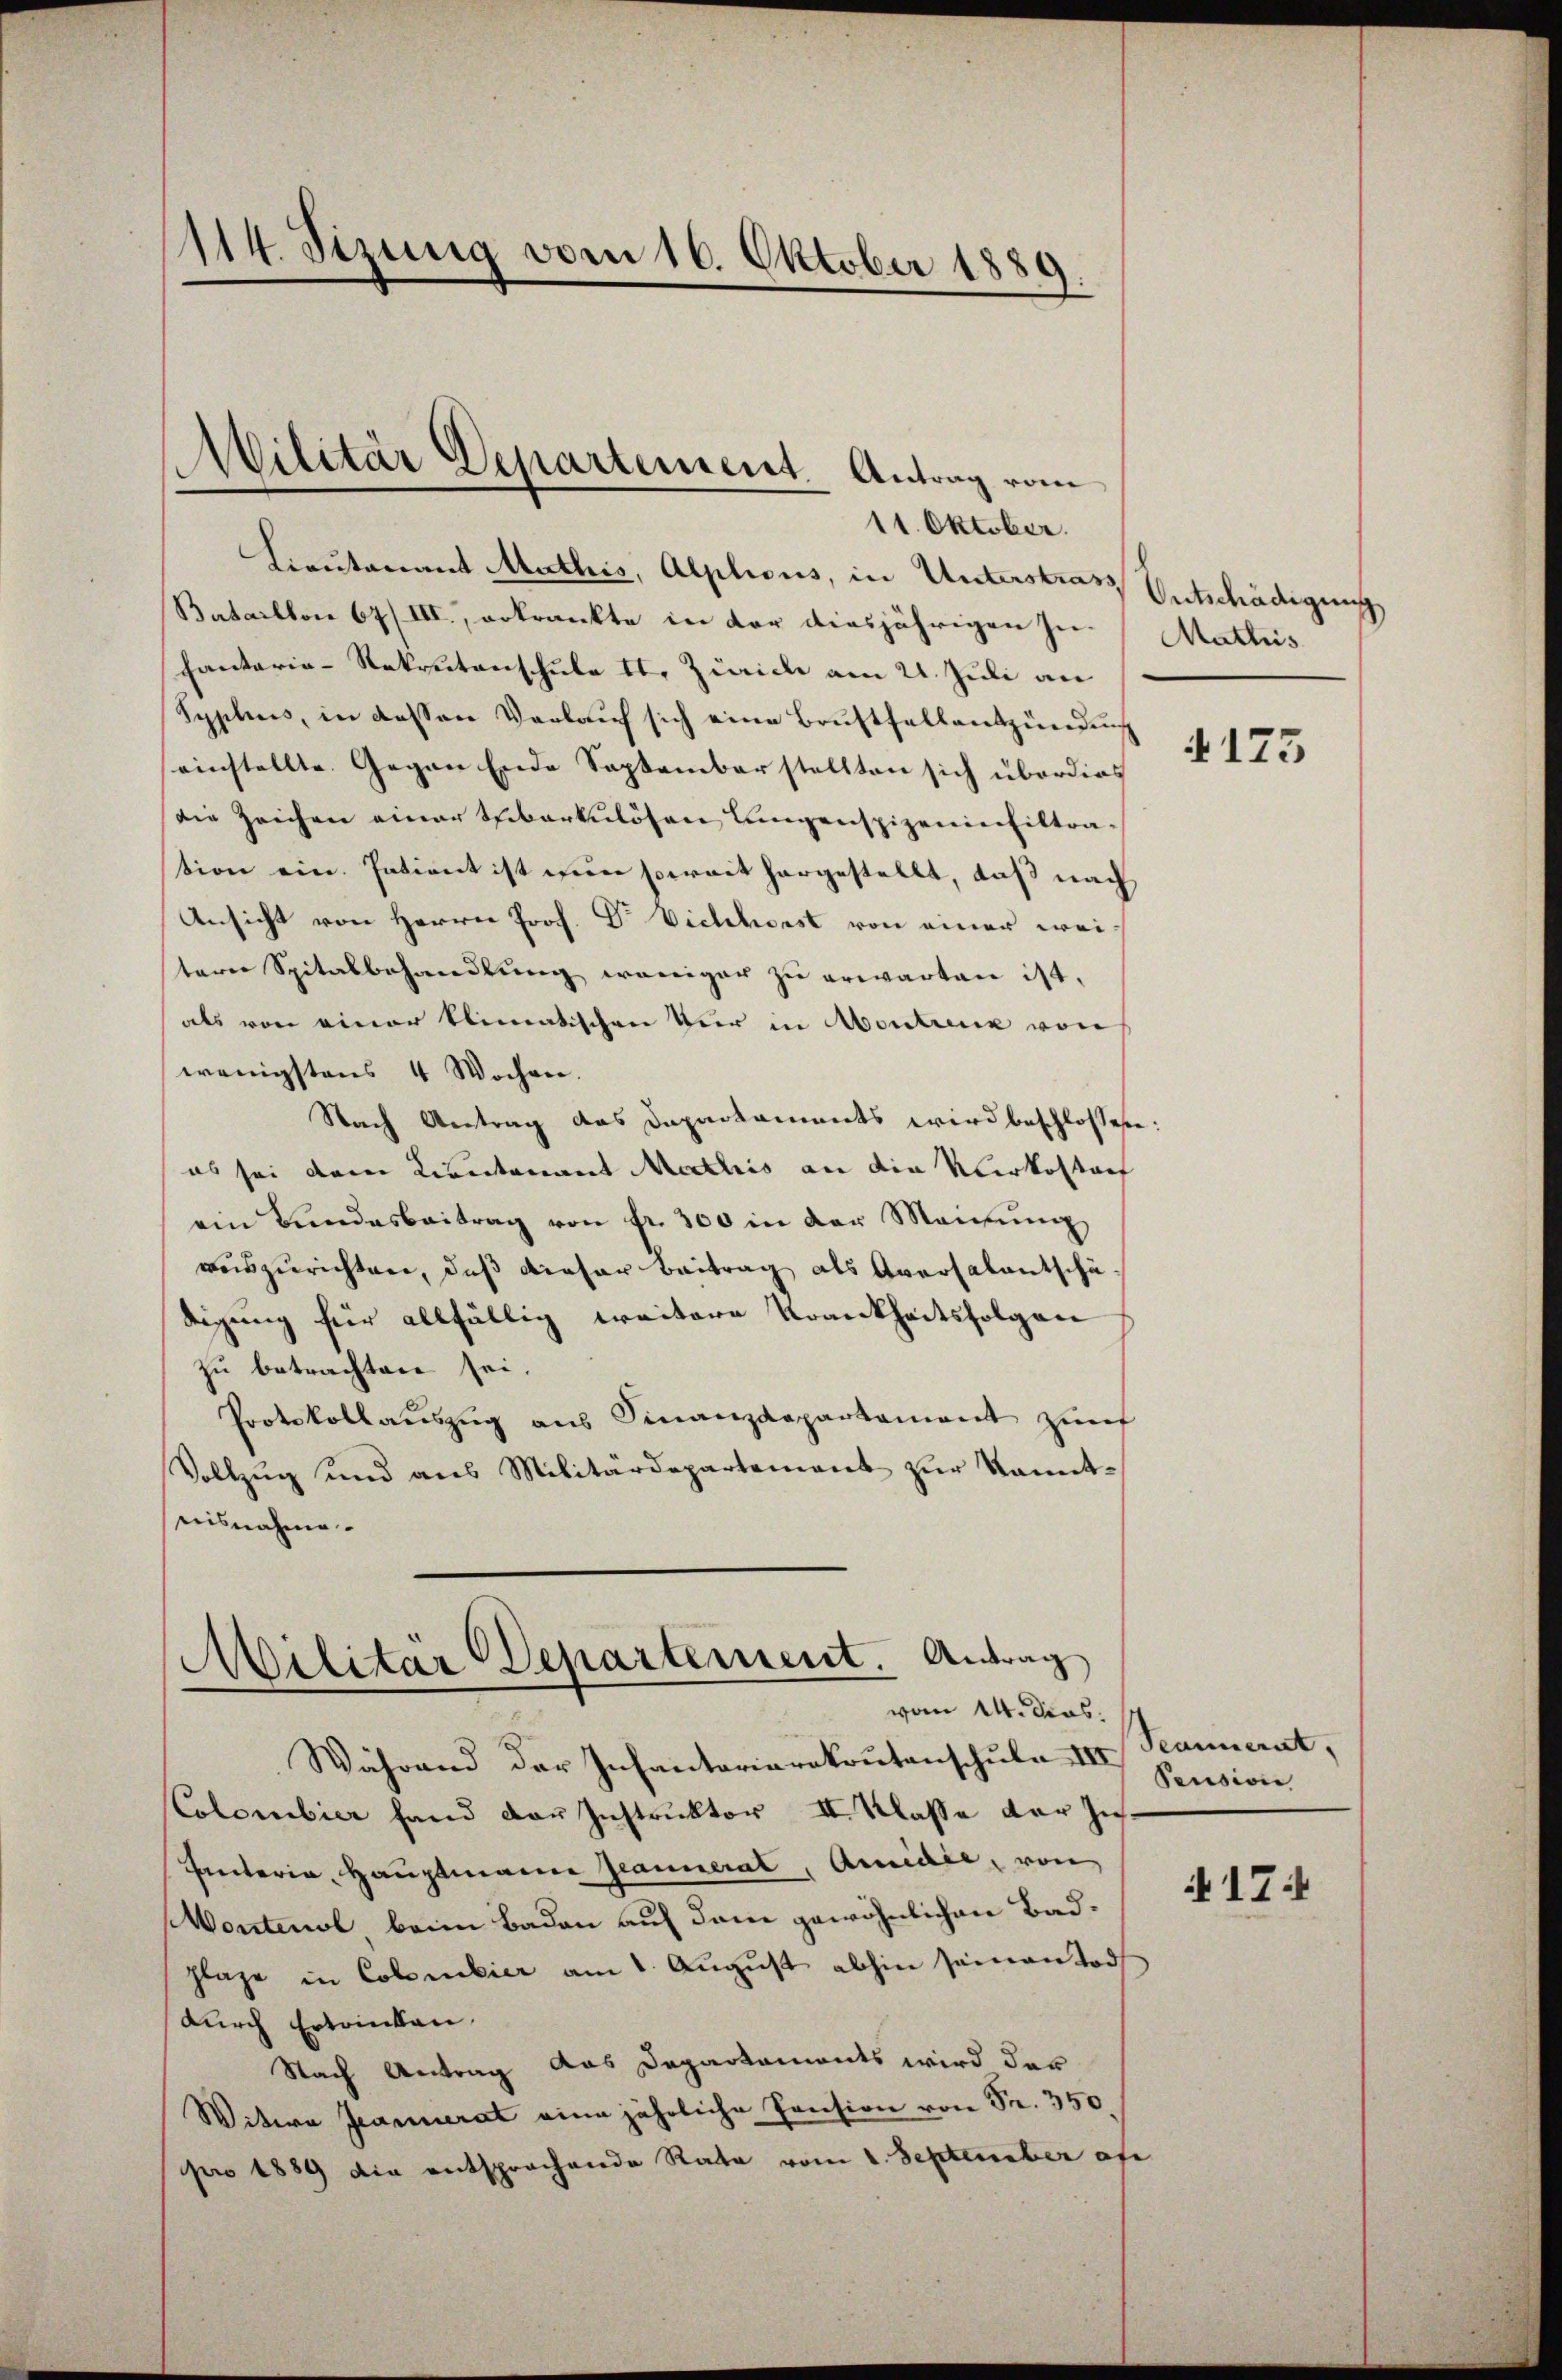
114. Sizung vom 16. Oktober 1889

(Militär Departement. Antrag vom

11. Oktober.
Lieutenant Mathis, Alplicus, in Unterstrat Entschädigung
Bataillon 67/III., erkrankte in der diesjährigen zu. Mathis
hantaria-Rekrutenschule 11. Zürich am 21. Juli an
Syphus, in dessen Verlauf sich eine Brustfellentzündung
einstellte. Gegen Ende September stellten sich überdies
die Zeichen einer Scheberkulösen Langenspizeninfiltration ein. Intient ist nun soweit hergestellt, daß nach
Ansicht von Herrn Prof. Dr. Viehhorst von einer weitern Spitalbehandlung weniger zu erwarten ist,
als von einer klimatischen Vor in Montreux von
wenigstens 4 Wochen.
Nach Antrag das Departaments wird beschlossen:
es sei dem Kientenant Meethis an die Verkostenf
ein Bundesbeitrag von fr. 300 in der Meinŭng
auszurichten, daß dieser Beitrag als Aversalentschä
digung für allfällig weitere Krankheitsfolgen
zu betrachten sei.
Protokollaŭszŭg ans Finanzdepartament zŭm
Vollzug und ans Militärdepartement zur kannt-
nisnahme.

Militär Departement. Antrag
vom 14. dies

Während der Infantoriarekrutenschule III. Traunerat,
CColombier fand der Instruktor II. Klasse der Juch.
Interia Hauptmann Jeanneral, Anniale, von
Vontenol beim Baden auf dem gewöhnlichen Badhlage in Colombier am 1. August abhin seinen Tod
durch Ertrinken.
Nach Antrag das Departemonts wird der
Witwe Jeannerat eine jährliche Pension von Fr. 350.
pro 1889 die entsprochende Rata vom 1. September abe

4175

Pension,

N 17: